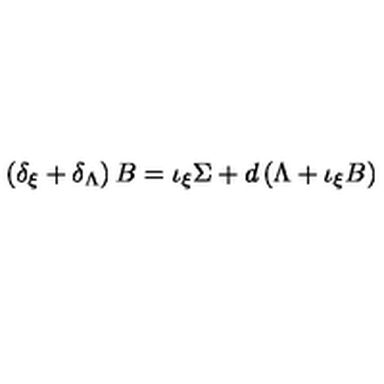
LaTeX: \left( \delta _ { \xi } + \delta _ { \Lambda } \right) B = \iota _ { \xi } \Sigma + d \left( \Lambda + \iota _ { \xi } B \right)